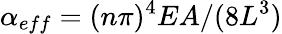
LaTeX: \alpha_{eff}=(n\pi)^{4}EA/(8L^{3})